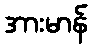
အားမာန်